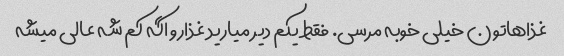
غذاهاتون خیلی خوبه مرسی. فقط یکم دیر میارید غذارو اگه کم شه عالی میشه